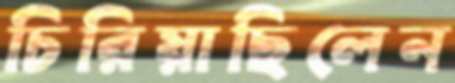
চিরিয়াছিলেন